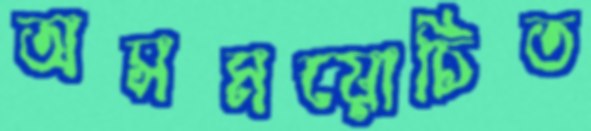
অসময়োচিত